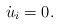
LaTeX: \begin{align*} \dot{u}_i=0.\end{align*}